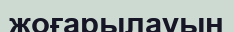
жоғарылауын